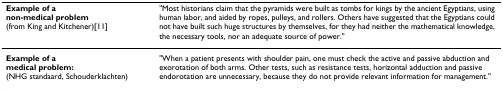
<table><thead><tr><td><b>Example of anon-medical problem(from King and Kitchener)[11]</b></td><td><b>&quot;Most historians claim that the pyramids were built as tombs for kings by the ancient Egyptians, using human labor, and aided by ropes, pulleys, and rollers. Others have suggested that the Egyptians could not have built such huge structures by themselves, for they had neither the mathematical knowledge, the necessary tools, nor an adequate source of power.&quot;</b></td></tr></thead><tbody><tr><td><b>Example of a</b><b>medical problem:</b>(NHG standaard, Schouderklachten)</td><td>&quot;When a patient presents with shoulder pain, one must check the active and passive abduction and exorotation of both arms. Other tests, such as resistance tests, horizontal adduction and passive endorotation are unnecessary, because they do not provide relevant information for management.&quot;</td></tr></tbody></table>